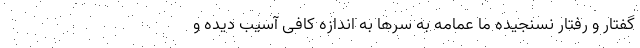
گفتار و رفتار نسنجیده ما عمامه به سرها به اندازه کافی آسیب دیده و